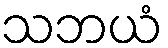
သဘယံ